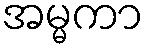
အမ္မကာ